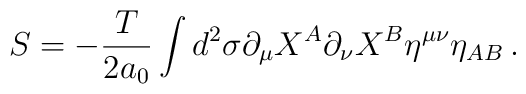
S=-\frac{T}{2a_0}\int d^2\sigma\partial_\mu X^A\partial_\nu X^B\eta^{\mu\nu}\eta_{AB}\, .